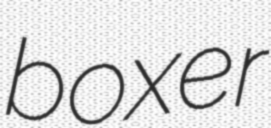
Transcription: boxer